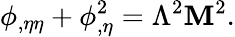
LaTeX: \phi_{,\eta\eta}+\phi_{,\eta}^{2}=\Lambda^{2}\mathbf{M}^{2}.